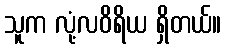
သူက လုံ့လဝိရိယ ရှိတယ်။